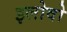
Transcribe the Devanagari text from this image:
इलोवो